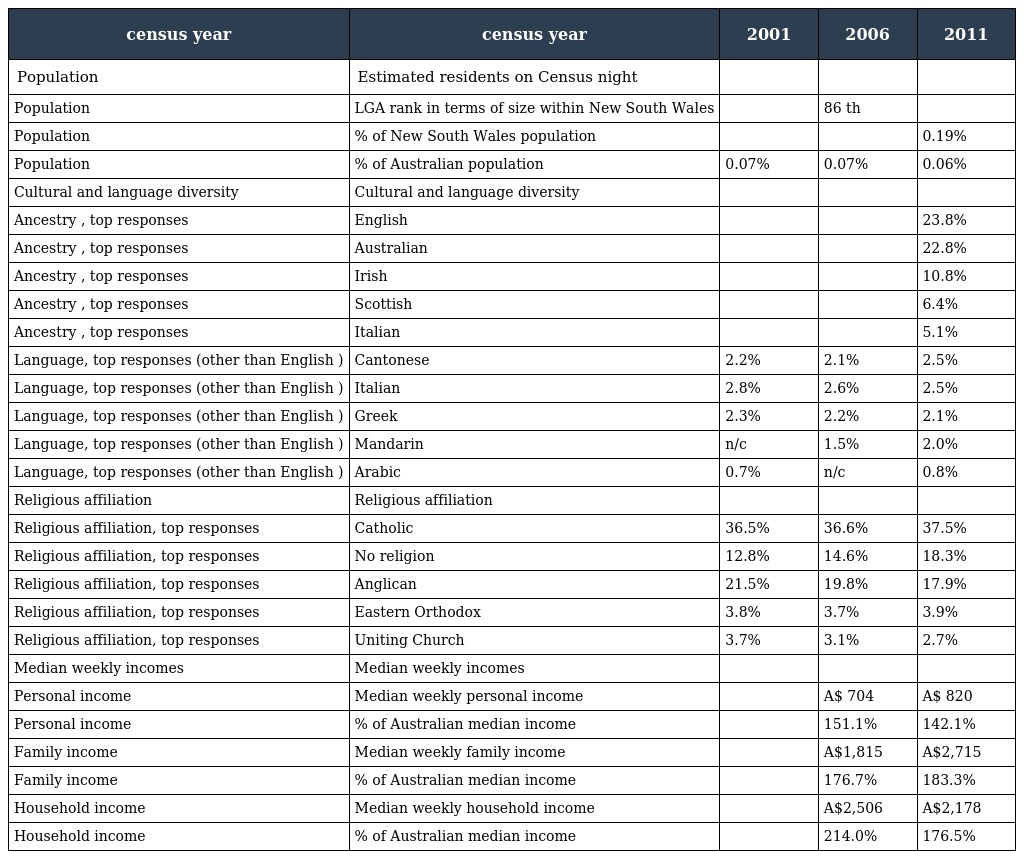
| census year | census year | 2001 | 2006 | 2011 |
 | --- | --- | --- | --- | --- |
 | Population | Estimated residents on Census night |  |  |  |
 | Population | LGA rank in terms of size within New South Wales |  | 86 th |  |
 | Population | % of New South Wales population |  |  | 0.19% |
 | Population | % of Australian population | 0.07% | 0.07% | 0.06% |
 | Cultural and language diversity | Cultural and language diversity |  |  |  |
 | Ancestry , top responses | English |  |  | 23.8% |
 | Ancestry , top responses | Australian |  |  | 22.8% |
 | Ancestry , top responses | Irish |  |  | 10.8% |
 | Ancestry , top responses | Scottish |  |  | 6.4% |
 | Ancestry , top responses | Italian |  |  | 5.1% |
 | Language, top responses (other than English ) | Cantonese | 2.2% | 2.1% | 2.5% |
 | Language, top responses (other than English ) | Italian | 2.8% | 2.6% | 2.5% |
 | Language, top responses (other than English ) | Greek | 2.3% | 2.2% | 2.1% |
 | Language, top responses (other than English ) | Mandarin | n/c | 1.5% | 2.0% |
 | Language, top responses (other than English ) | Arabic | 0.7% | n/c | 0.8% |
 | Religious affiliation | Religious affiliation |  |  |  |
 | Religious affiliation, top responses | Catholic | 36.5% | 36.6% | 37.5% |
 | Religious affiliation, top responses | No religion | 12.8% | 14.6% | 18.3% |
 | Religious affiliation, top responses | Anglican | 21.5% | 19.8% | 17.9% |
 | Religious affiliation, top responses | Eastern Orthodox | 3.8% | 3.7% | 3.9% |
 | Religious affiliation, top responses | Uniting Church | 3.7% | 3.1% | 2.7% |
 | Median weekly incomes | Median weekly incomes |  |  |  |
 | Personal income | Median weekly personal income |  | A$ 704 | A$ 820 |
 | Personal income | % of Australian median income |  | 151.1% | 142.1% |
 | Family income | Median weekly family income |  | A$1,815 | A$2,715 |
 | Family income | % of Australian median income |  | 176.7% | 183.3% |
 | Household income | Median weekly household income |  | A$2,506 | A$2,178 |
 | Household income | % of Australian median income |  | 214.0% | 176.5% |